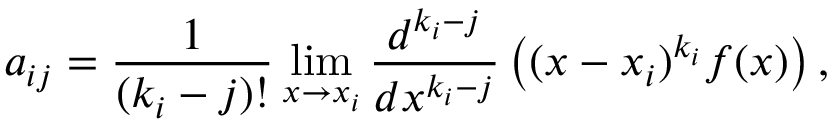
a _ { i j } = { \frac { 1 } { ( k _ { i } - j ) ! } } \operatorname* { l i m } _ { x \to x _ { i } } { \frac { d ^ { k _ { i } - j } } { d x ^ { k _ { i } - j } } } \left( ( x - x _ { i } ) ^ { k _ { i } } f ( x ) \right) ,